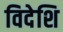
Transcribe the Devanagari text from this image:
विदेशि